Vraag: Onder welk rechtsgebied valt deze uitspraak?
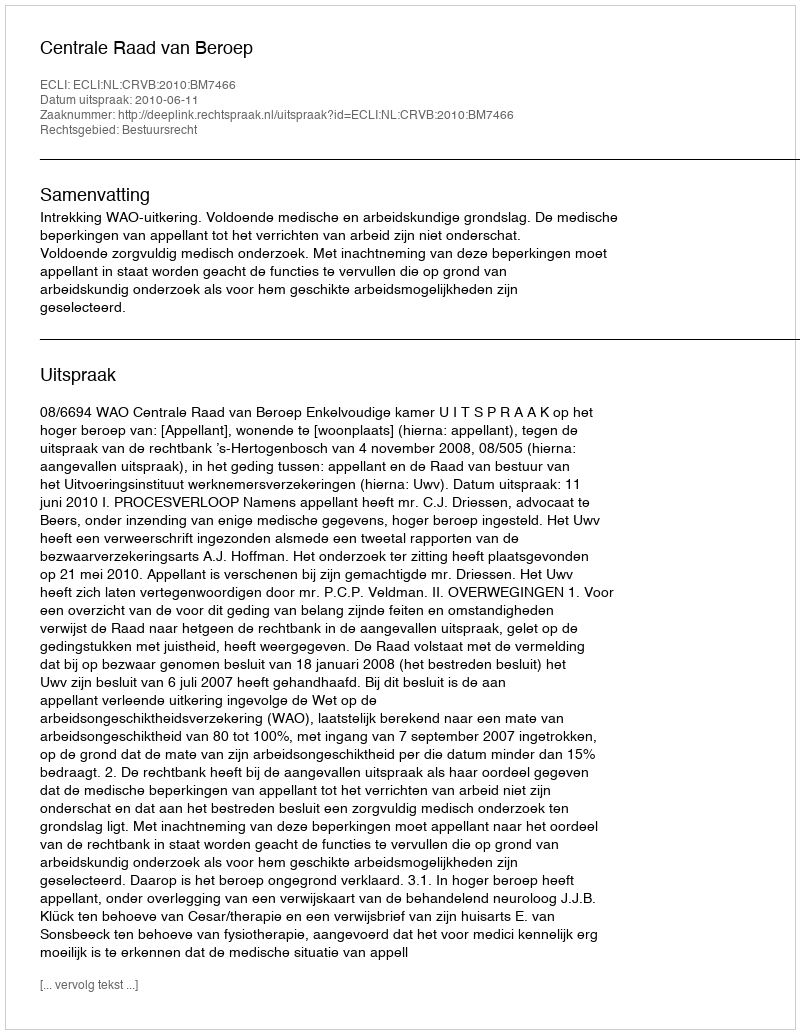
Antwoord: Bestuursrecht